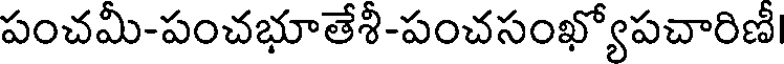
పంచమీ-పంచభూతేశీ-పంచసంఖ్యోపచారిణీ